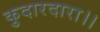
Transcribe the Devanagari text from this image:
कुदारदारा।।